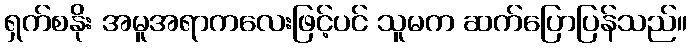
ရှက်စနိုး အမူအရာကလေးဖြင့်ပင် သူမက ဆက်ပြောပြန်သည်။